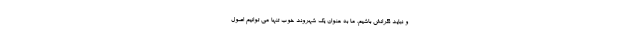
و نباید نگرانش باشیم. ما به عنوان یک شهروند خوب تنها می توانیم اصول